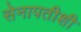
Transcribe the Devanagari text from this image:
सेनापतीशी